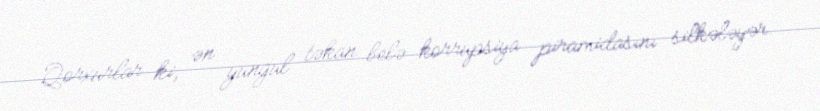
Qorxurlar ki, ən yüngül təkan belə korrupsiya piramidasını silkələyər.